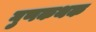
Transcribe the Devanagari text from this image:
गुणकथक